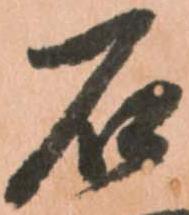
石